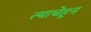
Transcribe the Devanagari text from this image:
त्याचेहून